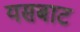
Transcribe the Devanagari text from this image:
यसबाट